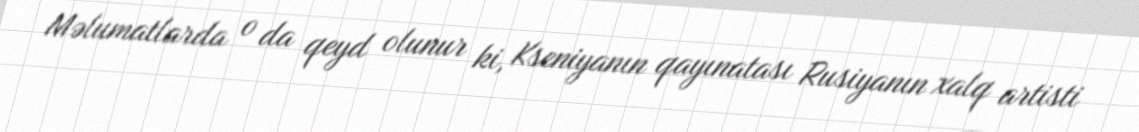
Məlumatlarda o da qeyd olunur ki, Kseniyanın qayınatası Rusiyanın xalq artisti